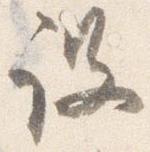
設